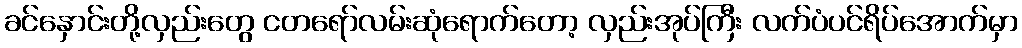
ခင်နှောင်းတို့လှည်းတွေ ငတရော်လမ်းဆုံရောက်တော့ လှည်းအုပ်ကြီး လက်ပံပင်ရိပ်အောက်မှာ